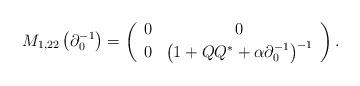
LaTeX: \begin{align*}M_{1,22}\left(\partial_{0}^{-1}\right)=\left(\begin{array}{cc}0 & 0\\0 & \left(1+QQ^{*}+\alpha\partial_{0}^{-1}\right)^{-1}\end{array}\right).\end{align*}